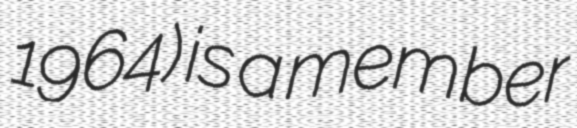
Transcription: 1964) is a member